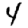
Digit: 4